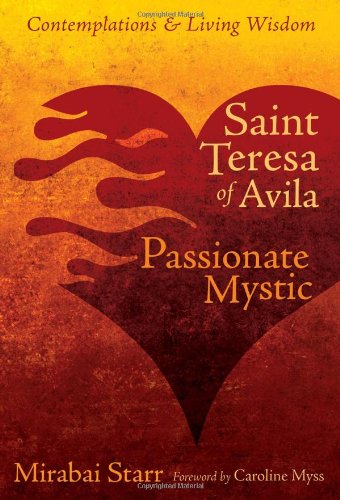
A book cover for Saint Teresa of Avila: The Passionate Mystic (Contemplations & Living Wisdom); Mirabai Starr; Christian Books & Bibles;